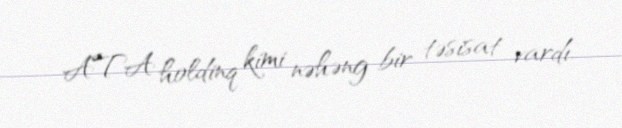
ATA holdinq kimi nəhəng bir təsisat vardı.